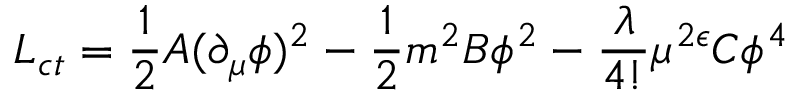
{ \cal L } _ { c t } = { \frac { 1 } { 2 } } A ( \partial _ { \mu } \phi ) ^ { 2 } - { \frac { 1 } { 2 } } m ^ { 2 } B \phi ^ { 2 } - { \frac { \lambda } { 4 ! } } \mu ^ { 2 \epsilon } C \phi ^ { 4 }